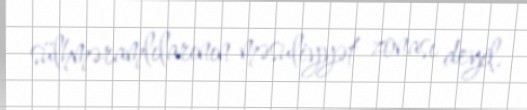
sülhməramlılarının məsuliyyət zonası deyil.